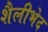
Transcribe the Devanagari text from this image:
शैलीभेद